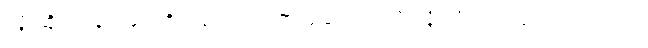
လျှိုဆိုတဲ့နေရာမှာ ကိုဘွန်ဟောင်းက မဆွဲတတ်လို့ လျှိုလို့ ထည့်ရေးထားတယ်။